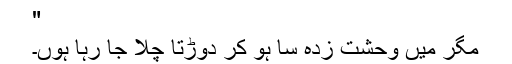
"
مگر میں وحشت زدہ سا ہو کر دوڑتا چلا جا رہا ہوں۔